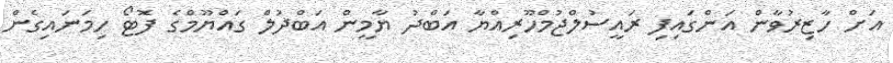
އަށް ހާޒިރުވާން އަންގައިފި ރައީސުލްޖުމްހޫރިއްޔާ އަބްދު ޔާމީން އަބްދުލް ގައްޔޫމްގެ ފޮޓޯ ހިމަނައިގެން